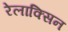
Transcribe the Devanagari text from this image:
रेलाक्सिन